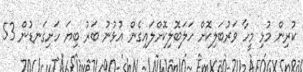
ކުރިން މުޅި މީހާ ވަރުބަލިކޮށް ހަލަބޮލިކޮށްލައިގެން އުޅުނު ބަރު ބިޔަ ހަށިގަނޑުން 53